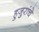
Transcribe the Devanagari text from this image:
हुजुरांचे